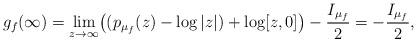
LaTeX: \begin{gather*} g_f(\infty)=\lim_{z\to\infty}\bigl((p_{\mu_f}(z)-\log|z|)+\log[z,0]\bigr)-\frac{I_{\mu_f}}{2}=-\frac{I_{\mu_f}}{2}, \end{gather*}